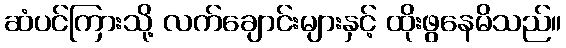
ဆံပင်ကြားသို့ လက်ချောင်းများနှင့် ထိုးဖွနေမိသည်။